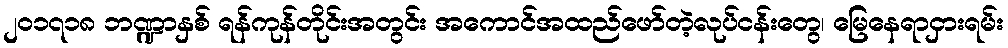
၂၀၁၇၁၈ ဘဏ္ဍာနှစ် ရန်ကုန်တိုင်းအတွင်း အကောင်အထည်ဖော်တဲ့လုပ်ငန်းတွေ၊ မြေနေရာငှားရမ်း